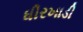
ધીરખાડી